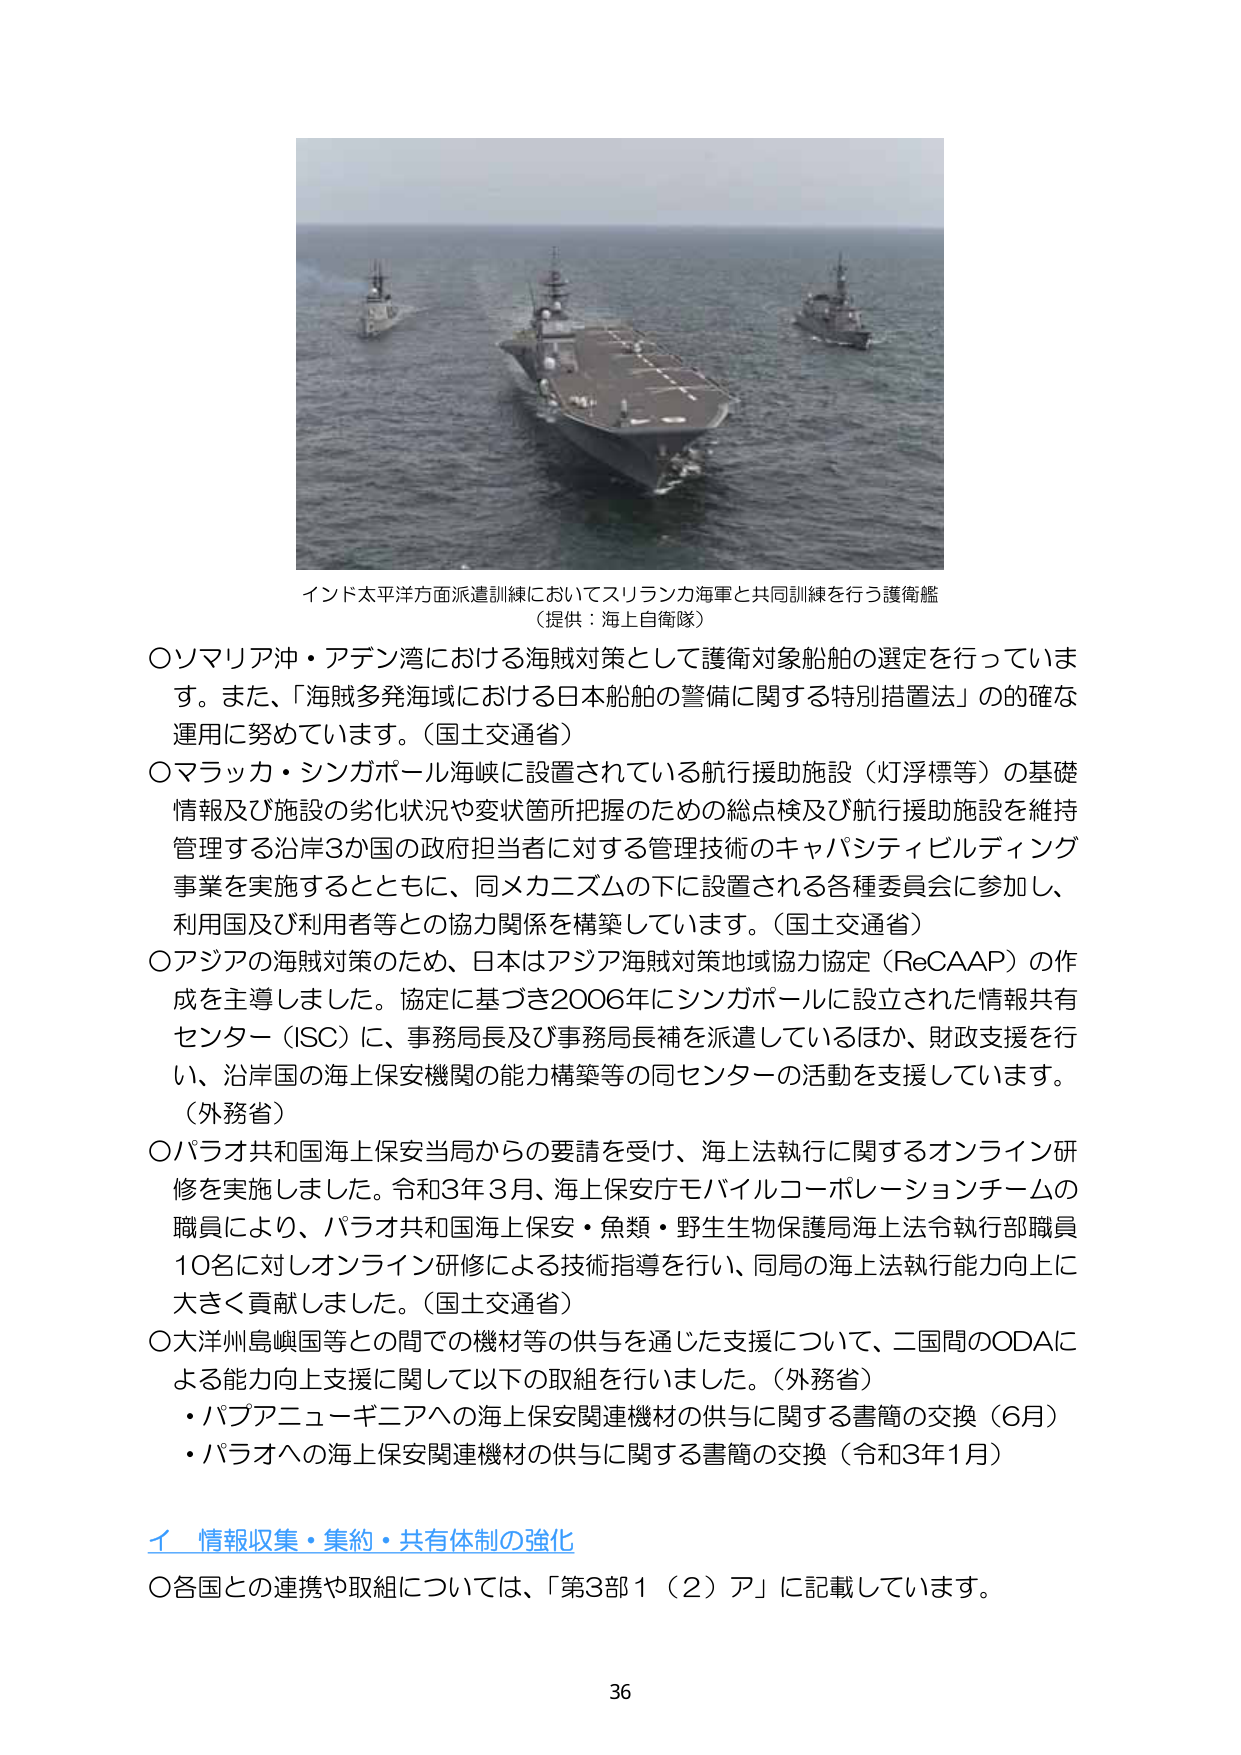
インド太平洋方面派遣訓練においてスリランカ海軍と共同訓練を行う護衛艦
（提供：海上自衛隊）

〇ソマリア沖・アデン湾における海賊対策として護衛対象船舶の選定を行っています。また、「海賊多発海域における日本船舶の警備に関する特別措置法」の的確な運用に努めています。（国土交通省）

〇マラッカ・シンガポール海峡に設置されている航行援助施設（灯浮標等）の基礎情報及び施設の劣化状況や変状箇所把握のための総点検及び航行援助施設を維持管理する沿岸3か国の政府担当者に対する管理技術のキャパシティビルディング事業を実施するとともに、同メカニズムの下に設置される各種委員会に参加し、利用国及び利用者等との協力関係を構築しています。（国土交通省）

〇アジアの海賊対策のため、日本はアジア海賊対策地域協力協定（ReCAAP）の作成を主導しました。協定に基づき2006年にシンガポールに設立された情報共有センター（ISC）に、事務局長及び事務局長補を派遣しているほか、財政支援を行い、沿岸国の海上保安機関の能力構築等の同センターの活動を支援しています。（外務省）

〇パラオ共和国海上保安当局からの要請を受け、海上法執行に関するオンライン研修を実施しました。令和3年3月、海上保安庁モバイルコーポレーションチームの職員により、パラオ共和国海上保安・魚類・野生生物保護局海上法令執行部職員10名に対しオンライン研修による技術指導を行い、同局の海上法執行能力向上に大きく貢献しました。（国土交通省）

〇大洋州島嶼国等との間での機材等の供与を通じた支援について、二国間のODAによる能力向上支援に関して以下の取組を行いました。（外務省）
・パプアニューギニアへの海上保安関連機材の供与に関する書簡の交換（6月）
・パラオへの海上保安関連機材の供与に関する書簡の交換（令和3年1月）

イ 情報収集・集約・共有体制の強化
〇各国との連携や取組については、「第3部1（2）ア」に記載しています。

36